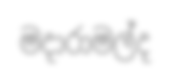
මදාරාමල්ද